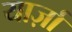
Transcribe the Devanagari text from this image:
यार्ज़ा